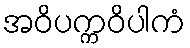
အဝိပက္ကဝိပါကံ